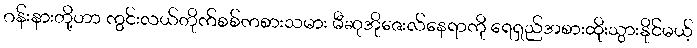
ဂန်းနားတို့ဟာ ကွင်းလယ်တိုက်စစ်ကစားသမား မီဆုအိုဇေးလ်နေရာကို ရေရှည်အစားထိုးသွားနိုင်မယ့်